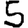
Digit: 5